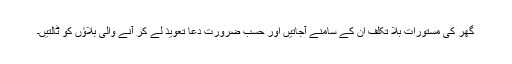
گھر کی مستورات بلا تکلف ان کے سامنے آجاتیں اور حسب ضرورت دعا تعویذ لے کر آنے والی بلاؤں کو ٹالتیں۔